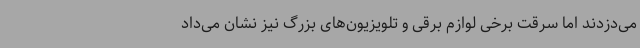
می‌دزدند اما سرقت برخی لوازم برقی و تلویزیون‌های بزرگ نیز نشان می‌داد